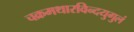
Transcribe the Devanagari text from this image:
चक्रमथारविन्दयुगुलं